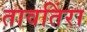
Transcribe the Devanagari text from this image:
तावतिंरा